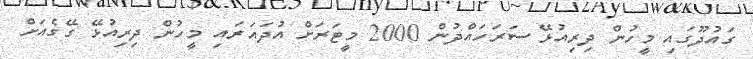
ގައުދޫގައި މީހުން ދިރިއުޅޭ ސަރަހައްދުން 2000 މީޓަރަށް އުދައަރައި މީހުން ދިރިއުޅޭ ގޭގެއަށް